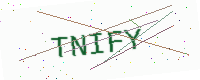
Text: TNIFY